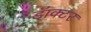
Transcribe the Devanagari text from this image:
डॅाक्टर